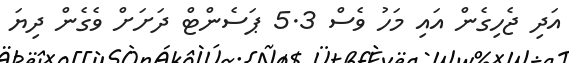
އަދި ޖެހިގެން އައި މަހު ވެސް 5.3 ޕަސެންޓް ދަށަށް ވެގެން ދިޔަ